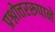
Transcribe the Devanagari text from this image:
प्रश्नोत्तररूपाने